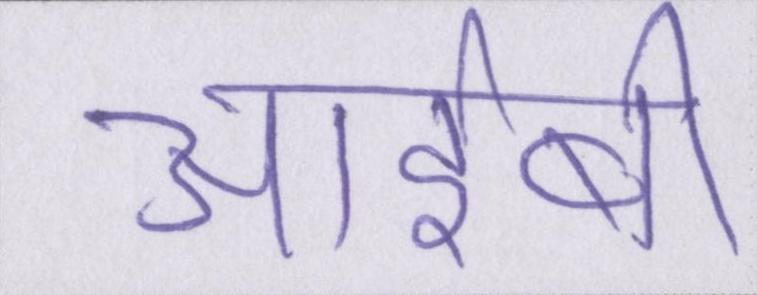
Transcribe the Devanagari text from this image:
आईबी